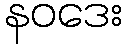
နဝဒေး